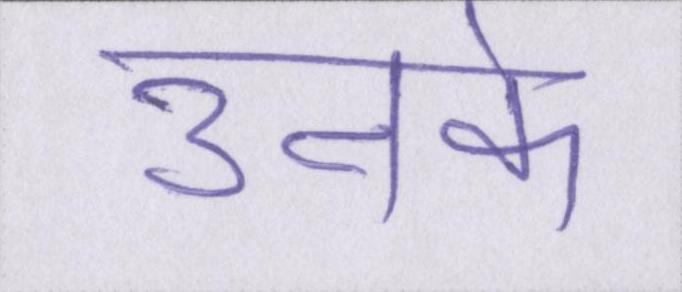
उनके